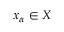
x _ { \alpha } \in X